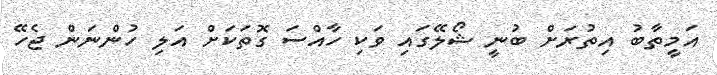
އަމީތާބު އިތުރަށް ބުނީ ޝޯލޭގައި ވަކި ހާއްސަ ގޮތަކަށް އަލި ހުންނަން ޖެހޭ